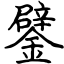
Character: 鐾